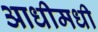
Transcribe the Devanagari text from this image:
आधीमधी